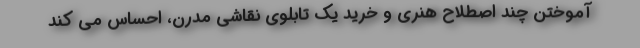
آموختن چند اصطلاح هنری و خرید یک تابلوی نقاشی مدرن، احساس می کند